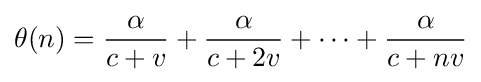
\theta (n)={\frac {\alpha }{c+v}}+{\frac {\alpha }{c+2v}}+\cdots +{\frac {\alpha }{c+nv}}